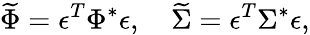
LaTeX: \widetilde{\Phi}=\epsilon^{T}\Phi^{*}\epsilon,\quad\widetilde{\Sigma}=\epsilon^{T}\Sigma^{*}\epsilon,